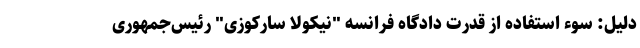
دلیل: سوء استفاده از قدرت دادگاه فرانسه "نیکولا سارکوزی" رئیس‌جمهوری